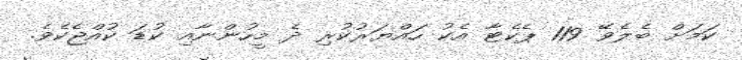
ކަމަށް ބެލެވޭ 119 ޕެކެޓާ އެކު ހައްޔަރުކުރި ދެ މީހުންނާއި ކުޑަ ކުއްޖެކެވެ.